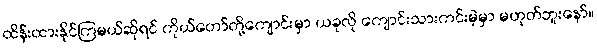
ထိန်းထားနိုင်ကြမယ်ဆိုရင် ကိုယ်တော်တို့ကျောင်းမှာ ယခုလို ကျောင်းသားကင်းမဲ့မှာ မဟုတ်ဘူးနော်။